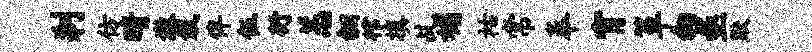
刹仿晴激栽俾伍衍恙翻棺填乩媚祜常奉宵箪匆亟默